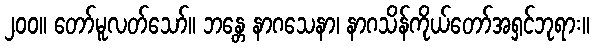
၂၀၀။ တော်မူလတ်သော်။ ဘန္တေ နာဂသေနာ၊ နာဂသိန်ကိုယ်တော်အရှင်ဘုရား။